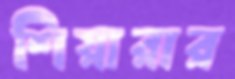
শিয়ারার